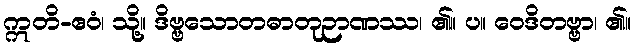
ဣတိ-ဧဝံ၊ သို့။ ဒိဗ္ဗသောတဓာတုဉာဏဿ၊ ၏။ ပ။ ဝေဒိတဗ္ဗာ၊ ၏။